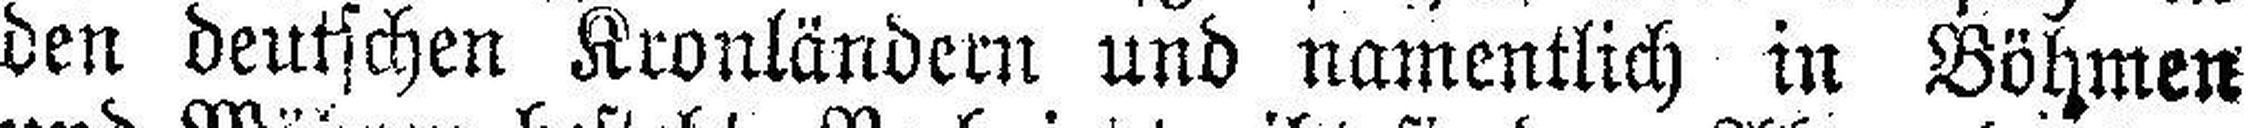
den deutschen Kronländern und namentlich in Böhmen